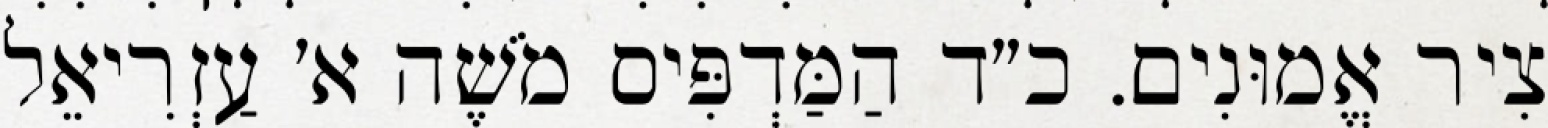
צִיר אֱמוּנִים. כ״ד הַמַּדְפִּיס מֹשֶׁה א׳ עַזְרִיאֵל